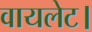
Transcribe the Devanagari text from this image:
वायलेट।